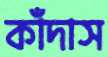
কাঁদাস